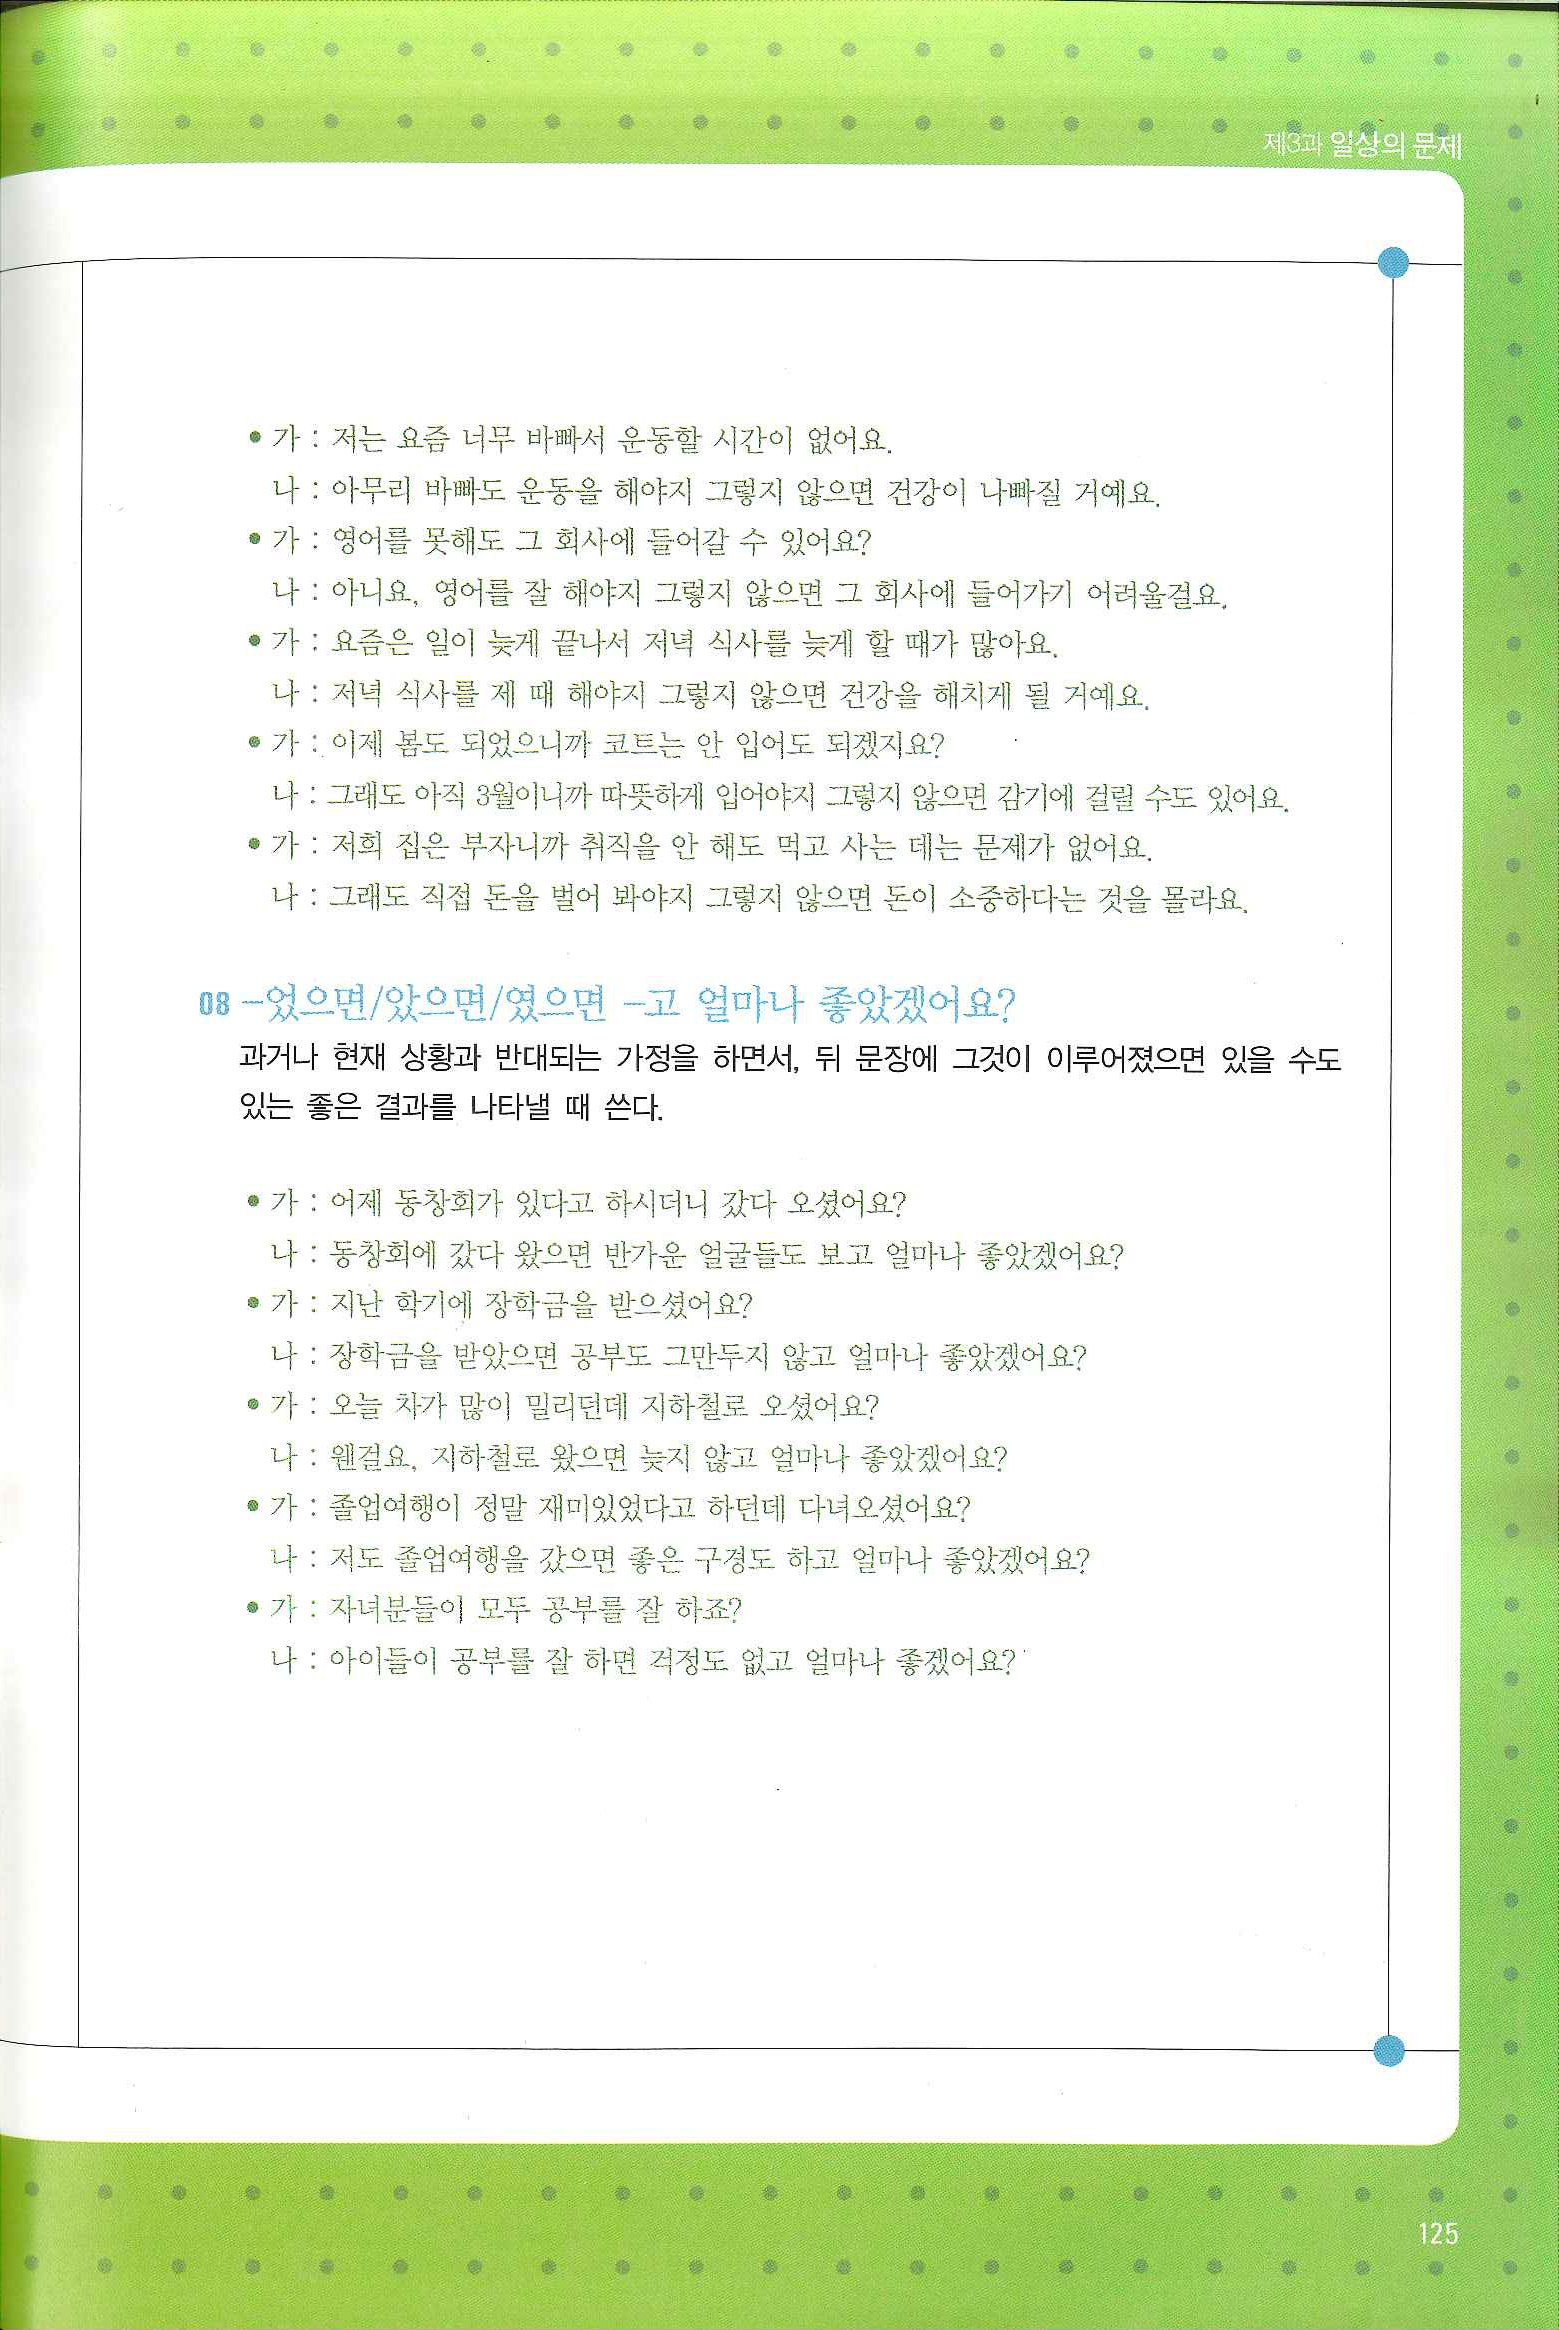
Language: ko